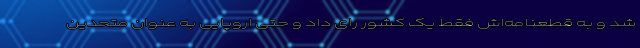
شد و به قطعنامه‌اش فقط یک کشور رای داد و حتی اروپایی به عنوان متحدین